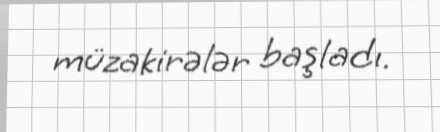
müzakirələr başladı.